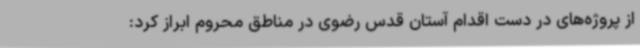
از پروژه‌های در دست اقدام آستان قدس رضوی در مناطق محروم ابراز کرد: